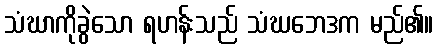
သံဃာကိုခွဲသော ရဟန်းသည် သံဃဘေဒက မည်၏။